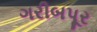
ગરીબપૂર